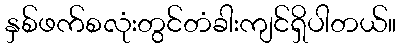
နှစ်ဖက်စလုံးတွင်တံခါးကျင်ရှိပါတယ်။